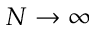
N \rightarrow \infty